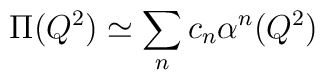
\Pi(Q^{2}) \simeq \sum_{n} c_{n}\alpha^{n}(Q^{2})